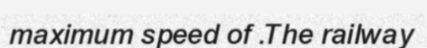
maximum speed of .The railway